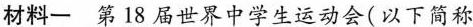
材料一 第18届世界中学生运动会(以下简称